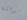
مدهشة